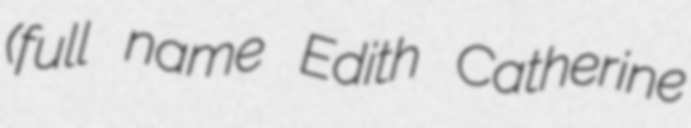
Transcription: (full name Edith Catherine